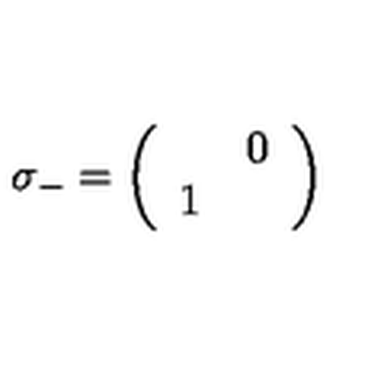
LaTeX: \sigma _ { - } = \left( \begin{array} { c c } { } & { 0 } \\ { 1 } & { } \\ \end{array} \right)